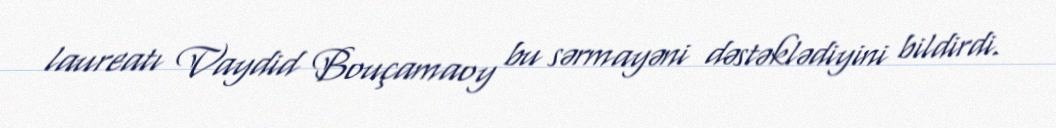
laureatı Vaydid Bouçamaoy bu sərmayəni dəstəklədiyini bildirdi.